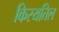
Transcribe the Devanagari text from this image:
किरयतिल